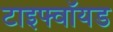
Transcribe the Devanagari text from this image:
टाइफ्वॉयड